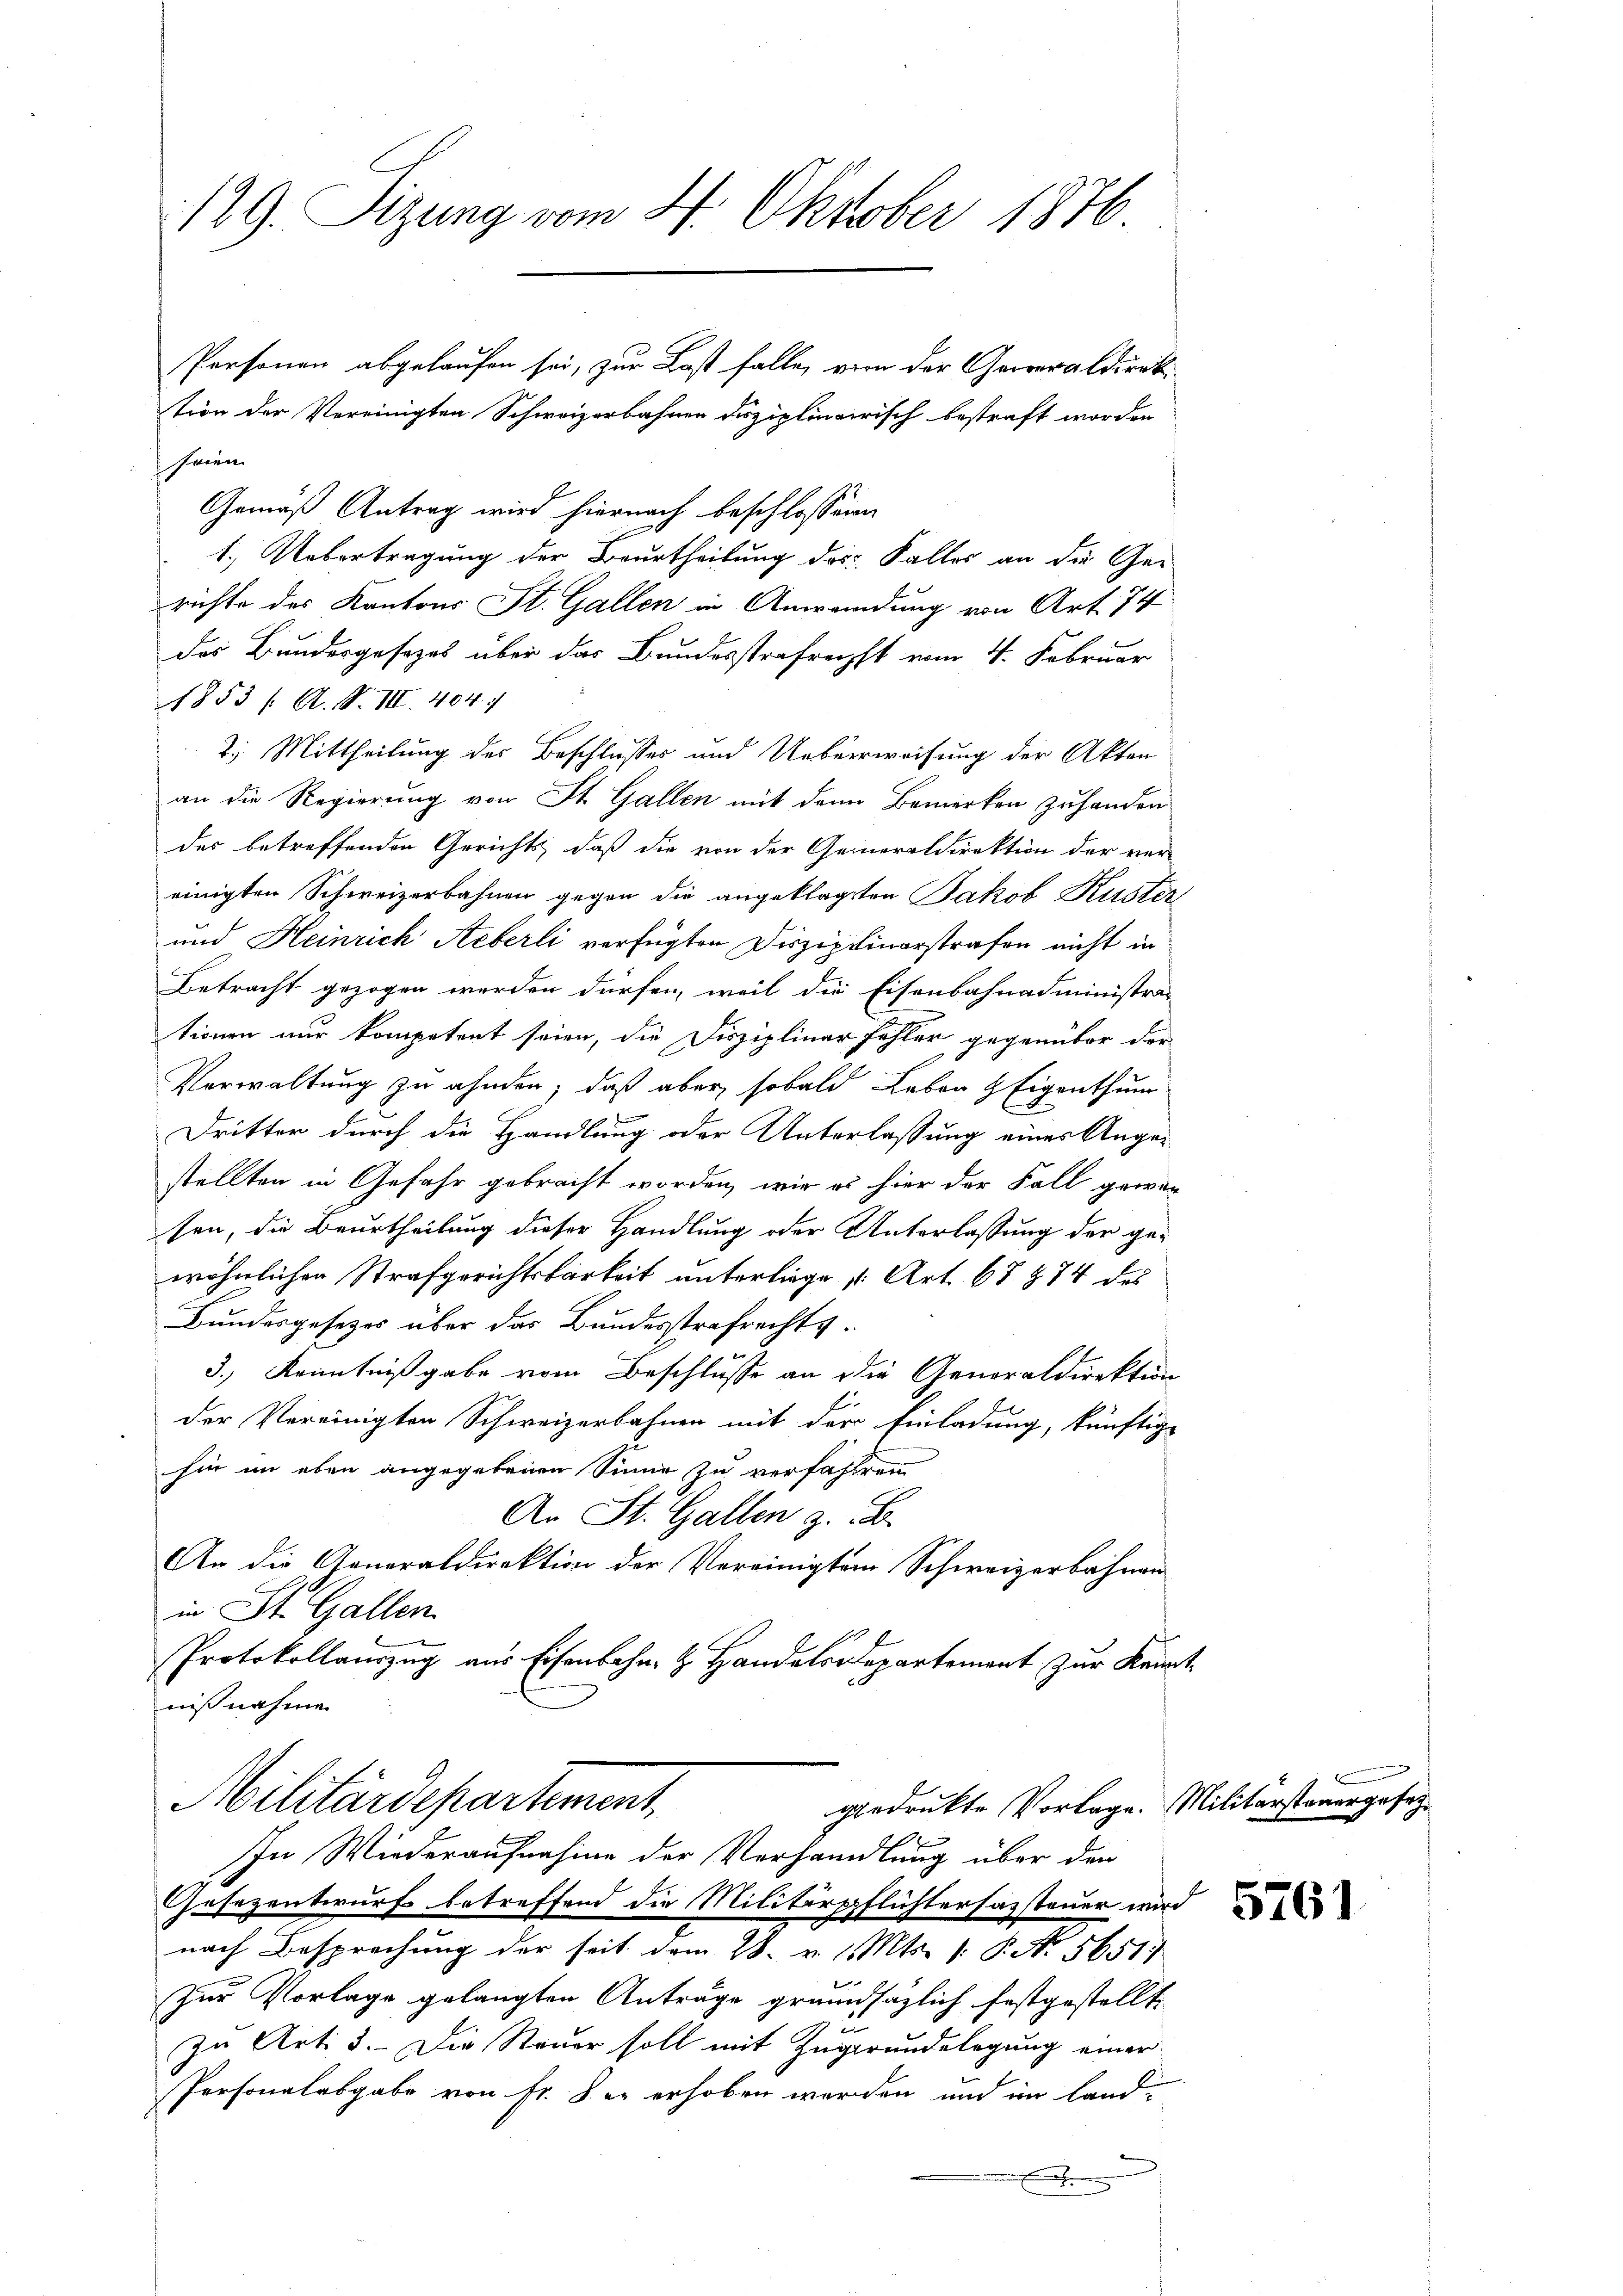
129. Sizung vom 4. Oktober 1876

tion der Vereinigten Schweizerbahnen disziplinairisch bestraft worden
seien.
Gemäß Antrag wird hiernach beschlossenen
1.) Uebertragung der Beurtheilung des Falles an die Gerichte des Kantons St. Gallen in Anwendung von Art. 74
des Bundesgesezes über das Bundesstrafrecht vom 4. Februar
1853 /: A. S. III. 404 :/
2.) Mittheilung des Beschlusses und Ueberweisung der Akten
an die Regierung von St. Gallen mit dem Bemerken zuhanden
des betreffenden Gerichts, daß die von der Generaldirektion der ver-
einigten Schweizerbahnen gegen die angeklagten Jakob Küster
und Heinrich Aeberli verfügten Disziplinarstrafen nicht in
Betracht gezogen werden dürfen, weil die Eisenbahnadministra-
tionen nur kompetent seien, die Disziplinar fehler gegenüber der
Verwaltung zu ahnden, daß aber sobald Leben Eigenthum
Dritter durch die Handlung oder Unterlassung eines Augen
stellten in Gefahr gebracht worden, wir es hier der Fall gewesen, die Beurtheilung dieser Handlung oder Unterlassung der gewöhnlichen Strafgerichtsbarkeit unterliege (Art. 67 § 74 des
Bundesgesezes über das Bundesstrafrechts¬
3.) Kenntnißgabe vom Beschlusse an die Generaldirektion
der Vereinigten Schweizerbahnen mit der Einladung, künftige
hin in eben angegebenen Sinne zu verfahlen
An St. Gallen z. B.
An die Generaldirektion der Vereinigten Schweizerbahnen
in St. Gallen.
Protokollauszug aus Eisenbahn- & Handelsdepartement zur Kenn
nißnahme
Militärdepartement,
gedruckte Vorlage. Militärsteuergesetz¬
1
In Wiederaufnahme der Verhandlung über den
Gesezentwurf betreffend die Militärpflichtersazsteuer wird
nach Besprechung der seit dem 28. v. 1. Mts. [: P. No. 56511
zur Vorlage gelangten Anträge grundsätzlich festgestellt.
zu Art. 3. Die Steuer soll mit Zugrundelegung einer
Personalabgabe von Fr. der erhoben worden und im Landn

Personen abgelaufen sei, zur Last falle, von der Generaldirek¬

4